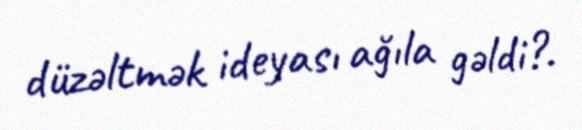
düzəltmək ideyası ağıla gəldi?.